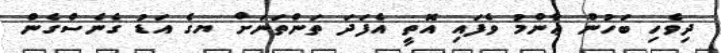
ދިވެހި ބަހުން ޢާންމު ވެފައި އޮތީ އެފަދަ ތަންތަނަށް ޔގެ އަޑު ގެނެސްގެން